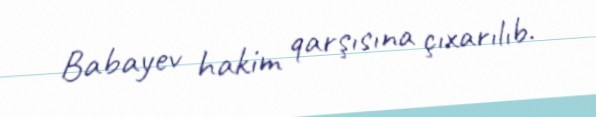
Babayev hakim qarşısına çıxarılıb.